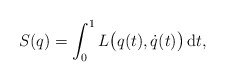
\begin{gather*} S (q) = \int _0 ^1 L \bigl( q (t) , \dot{q} (t) \bigr) \,\mathrm{d}t ,\end{gather*}